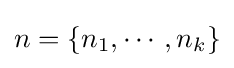
n=\{n_{1},\cdots ,n_{k}\}